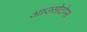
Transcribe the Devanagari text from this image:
आउसोटोप्स